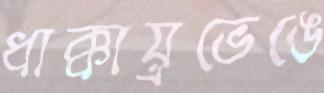
ধাক্কায়্রভেঙে